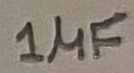
Text: 1µF